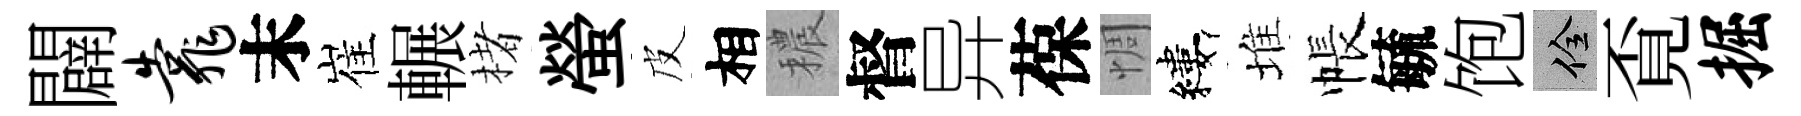
闢靠末崔輾楮螢皮相穠督异葆惆縷堆帳毓饱佺覔掘